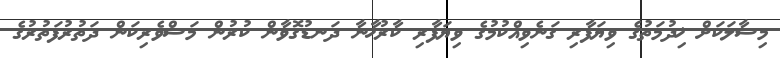
މިސާލަކަށް ޚިދުމަތުގެ ވިޔަފާރި ގަނެވިއްކުމުގެ ވިޔަފާރި ކާރުޚާނާ ދަނޑުގޮވާން ކުރުން މަސްވެރިކަން ދަތުރުފަތުރުގެ